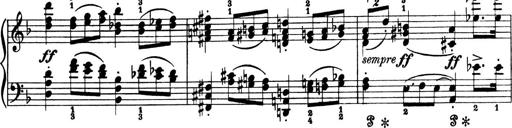
Title: 4 Sonatines
Composer: Max Reger